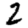
Digit: 2